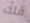
قلت